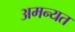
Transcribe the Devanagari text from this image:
अमन्यत